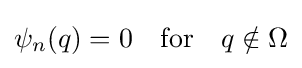
\psi _{n}(q)=0\quad {\mbox{for}}\quad q\notin \Omega